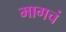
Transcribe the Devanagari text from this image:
मागचं